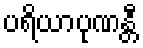
ပရိယာပုဏန္တီ